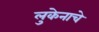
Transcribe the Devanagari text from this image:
लुकेनाचे